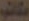
مكاتب